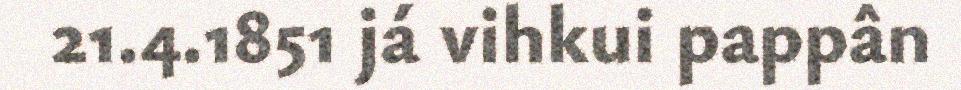
21.4.1851 já vihkui pappân